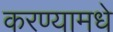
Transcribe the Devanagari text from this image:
करण्यामधे